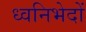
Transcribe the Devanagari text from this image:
ध्वनिभेदों